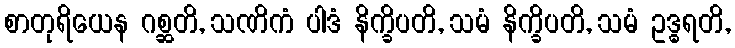
စာတုရိယေန ဂစ္ဆတိ, သဏိကံ ပါဒံ နိက္ခိပတိ, သမံ နိက္ခိပတိ, သမံ ဥဒ္ဓရတိ,